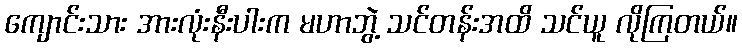
ကျောင်းသား အားလုံးနီးပါးက မဟာဘွဲ့ သင်တန်းအထိ သင်ယူ လိုကြတယ်။